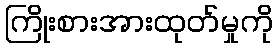
ကြိုးစားအားထုတ်မှုကို